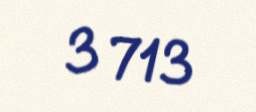
3 713